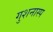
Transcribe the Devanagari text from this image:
गुशनास्प